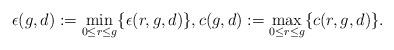
LaTeX: \begin{align*}\epsilon(g,d):=\min_{0\leq r\leq g} \{\epsilon(r,g,d)\},c(g,d):=\max_{0\leq r\leq g}\{c(r,g,d)\}.\end{align*}